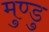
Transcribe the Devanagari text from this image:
मुण्डु